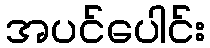
အပင်ပေါင်း